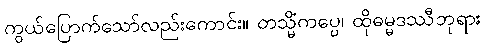
ကွယ်ပြောက်သော်လည်းကောင်း။ တသ္မိံကပ္ပေ၊ ထိုဓမ္မဒဿီဘုရား